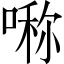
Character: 𠺰